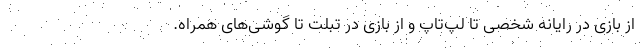
از بازی در رایانه شخصی تا لپ‌تاپ و از بازی در تبلت تا گوشی‌های همراه.